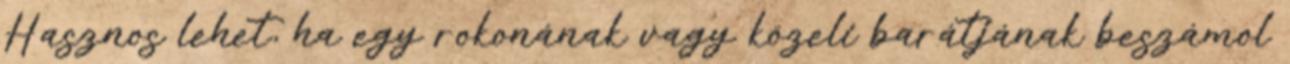
Hasznos lehet, ha egy rokonának vagy közeli barátjának beszámol